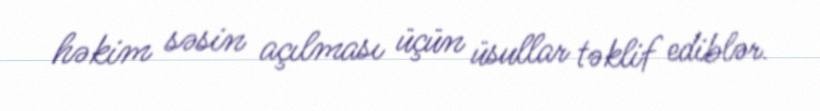
həkim səsin açılması üçün üsullar təklif ediblər.